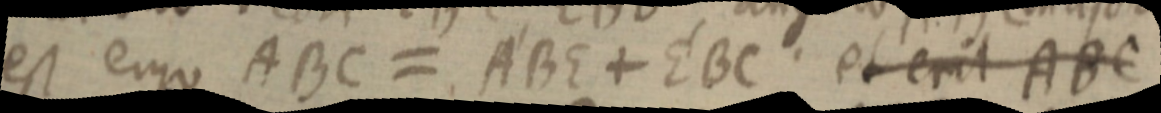
est ergo ABC = ABE + EBC et erit ABC